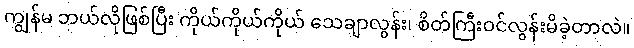
ကျွန်မ ဘယ်လိုဖြစ်ပြီး ကိုယ်ကိုယ်ကိုယ် သေချာလွန်း၊ စိတ်ကြီးဝင်လွန်းမိခဲ့တာလဲ။